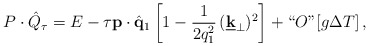
\begin{align*}P \cdot \hat{Q}_\tau = E - \tau {\bf p} \cdot \hat{{\bf q}}_1 \left[ 1 - \frac{1}{2 q_1^2} \, (\underline{{\bf k}}_\perp)^2 \right] + \lq\lq O\mbox{''} [g \Delta T] \, , \end{align*}